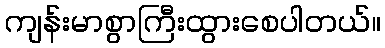
ကျန်းမာစွာကြီးထွားစေပါတယ်။